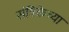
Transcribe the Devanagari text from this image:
संत्रिकेच्या